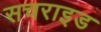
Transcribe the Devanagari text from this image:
सचराइड